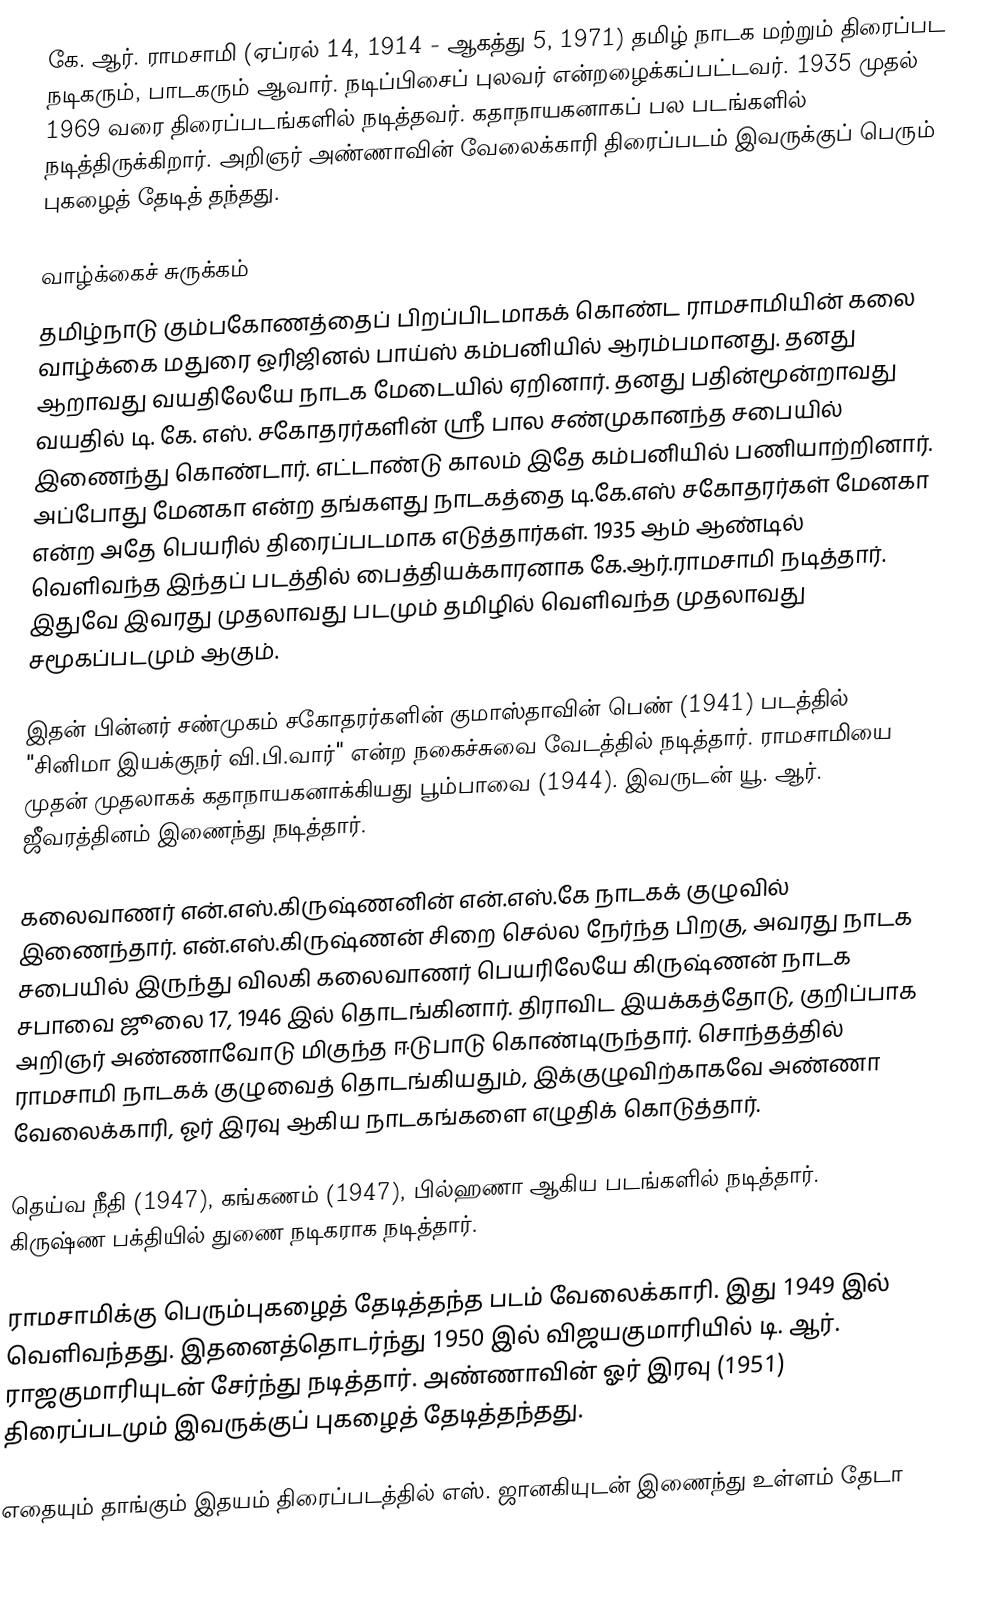
கே. ஆர். ராமசாமி (ஏப்ரல் 14, 1914 - ஆகத்து 5, 1971) தமிழ் நாடக மற்றும் திரைப்பட நடிகரும், பாடகரும் ஆவார். நடிப்பிசைப் புலவர் என்றழைக்கப்பட்டவர். 1935 முதல் 1969 வரை திரைப்படங்களில் நடித்தவர். கதாநாயகனாகப் பல படங்களில் நடித்திருக்கிறார். அறிஞர் அண்ணாவின் வேலைக்காரி திரைப்படம் இவருக்குப் பெரும் புகழைத் தேடித் தந்தது.

வாழ்க்கைச் சுருக்கம்
தமிழ்நாடு கும்பகோணத்தைப் பிறப்பிடமாகக் கொண்ட ராமசாமியின் கலை வாழ்க்கை மதுரை ஒரிஜினல் பாய்ஸ் கம்பனியில் ஆரம்பமானது. தனது ஆறாவது வயதிலேயே நாடக மேடையில் ஏறினார். தனது பதின்மூன்றாவது வயதில் டி. கே. எஸ். சகோதரர்களின் ஸ்ரீ பால சண்முகானந்த சபையில் இணைந்து கொண்டார். எட்டாண்டு காலம் இதே கம்பனியில் பணியாற்றினார். அப்போது மேனகா என்ற தங்களது நாடகத்தை டி.கே.எஸ் சகோதரர்கள் மேனகா என்ற அதே பெயரில் திரைப்படமாக எடுத்தார்கள். 1935 ஆம் ஆண்டில் வெளிவந்த இந்தப் படத்தில் பைத்தியக்காரனாக கே.ஆர்.ராமசாமி நடித்தார். இதுவே இவரது முதலாவது படமும் தமிழில் வெளிவந்த முதலாவது சமூகப்படமும் ஆகும்.

இதன் பின்னர் சண்முகம் சகோதரர்களின் குமாஸ்தாவின் பெண் (1941) படத்தில் "சினிமா இயக்குநர் வி.பி.வார்" என்ற நகைச்சுவை வேடத்தில் நடித்தார். ராமசாமியை முதன் முதலாகக் கதாநாயகனாக்கியது பூம்பாவை (1944). இவருடன் யூ. ஆர். ஜீவரத்தினம் இணைந்து நடித்தார்.

கலைவாணர் என்.எஸ்.கிருஷ்ணனின் என்.எஸ்.கே நாடகக் குழுவில் இணைந்தார். என்.எஸ்.கிருஷ்ணன் சிறை செல்ல நேர்ந்த பிறகு, அவரது நாடக சபையில் இருந்து விலகி கலைவாணர் பெயரிலேயே கிருஷ்ணன் நாடக சபாவை ஜூலை 17, 1946 இல் தொடங்கினார். திராவிட இயக்கத்தோடு, குறிப்பாக அறிஞர் அண்ணாவோடு மிகுந்த ஈடுபாடு கொண்டிருந்தார். சொந்தத்தில் ராமசாமி நாடகக் குழுவைத் தொடங்கியதும், இக்குழுவிற்காகவே அண்ணா வேலைக்காரி, ஓர் இரவு ஆகிய நாடகங்களை எழுதிக் கொடுத்தார்.

தெய்வ நீதி (1947), கங்கணம் (1947), பில்ஹணா ஆகிய படங்களில் நடித்தார். கிருஷ்ண பக்தியில் துணை நடிகராக நடித்தார்.

ராமசாமிக்கு பெரும்புகழைத் தேடித்தந்த படம் வேலைக்காரி.  இது 1949 இல் வெளிவந்தது. இதனைத்தொடர்ந்து 1950 இல் விஜயகுமாரியில் டி. ஆர். ராஜகுமாரியுடன் சேர்ந்து நடித்தார். அண்ணாவின் ஓர் இரவு (1951) திரைப்படமும் இவருக்குப் புகழைத் தேடித்தந்தது.

எதையும் தாங்கும் இதயம் திரைப்படத்தில் எஸ். ஜானகியுடன் இணைந்து உள்ளம் தேடா